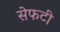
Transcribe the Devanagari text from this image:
सेफटी